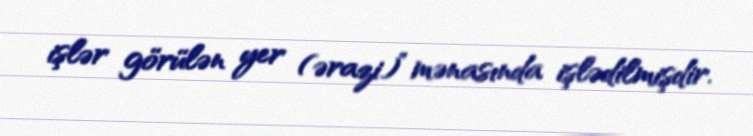
işlər görülən yer (ərazi)” mənasında işlədilmişdir.